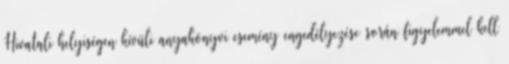
Hivatali helyiségen kívüli anyakönyvi esemény engedélyezése során figyelemmel kell